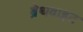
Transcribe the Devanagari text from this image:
ब्रेथवाइट